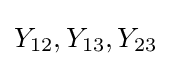
Y_{12},Y_{13},Y_{23}